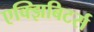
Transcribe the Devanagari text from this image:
एक्झिबिटर्स